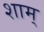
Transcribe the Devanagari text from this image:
शाम्